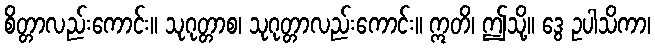
စိတ္တာလည်းကောင်း။ သုဂုတ္တာစ၊ သုဂုတ္တာလည်းကောင်း။ ဣတိ၊ ဤသို့။ ဒွေ ဥပါသိကာ၊